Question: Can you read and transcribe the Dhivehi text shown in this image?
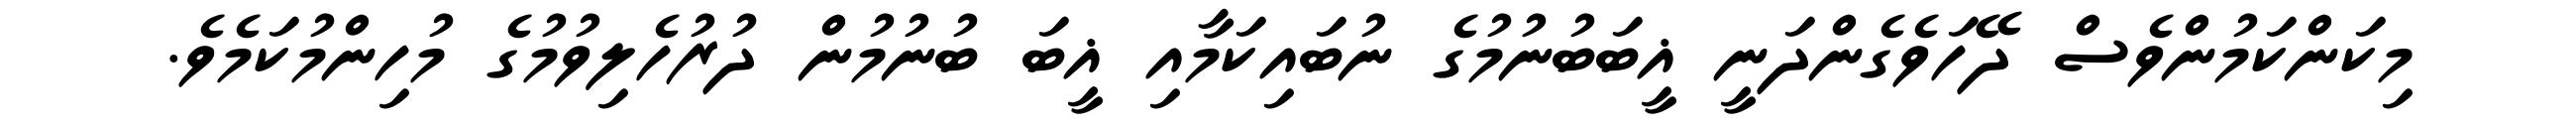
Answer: މިކަންކަމުންވެސް ދޭހަވެގެންދަނީ ޣީބަބުނުމުގެ ނުބައިކަމާއި ޣީބަ ބުނުމުން ދުރުހެލިވުމުގެ މުހިންމުކަމެވެ.